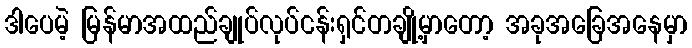
ဒါပေမဲ့ မြန်မာအထည်ချုပ်လုပ်ငန်းရှင်တချို့မှာတော့ အခုအခြေအနေမှာ